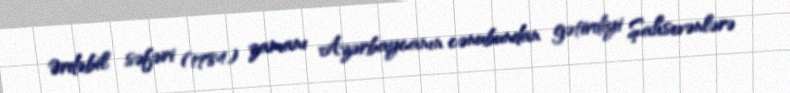
Ərdəbil səfəri (1784) zamanı Azərbaycanın cənubundan gətirdiyi Şahsevənlərə